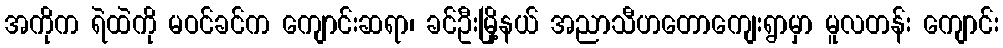
အကိုက ရဲထဲကို မဝင်ခင်က ကျောင်းဆရာ၊ ခင်ဦးမြို့နယ် အညာသီဟတောကျေးရွာမှာ မူလတန်း ကျောင်း